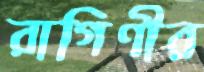
রাগিণীর